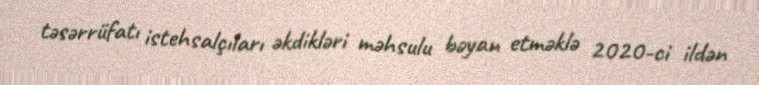
təsərrüfatı istehsalçıları əkdikləri məhsulu bəyan etməklə 2020-ci ildən